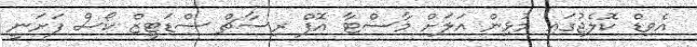
އެވިޑް ކޮލެޖުގައި މުޅިން އަލަށް މާސްޓާ އޮފް ރިސާޗް ސްޑަޓީޒް ކޯސް ފަށަނީ